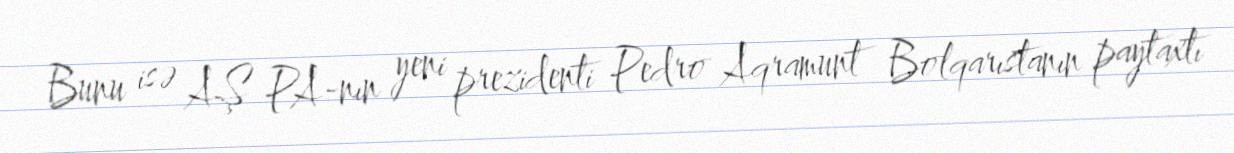
Bunu isə AŞ PA-nın yeni prezidenti Pedro Aqramunt Bolqarıstanın paytaxtı